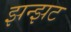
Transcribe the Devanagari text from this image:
झन्झट